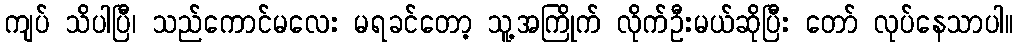
ကျပ် သိပါပြီ၊ သည်ကောင်မလေး မရခင်တော့ သူ့အကြိုက် လိုက်ဦးမယ်ဆိုပြီး တော် လုပ်နေသာပါ။